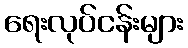
ရေးလုပ်ငန်းများ